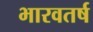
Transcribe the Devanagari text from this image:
भारवतर्ष